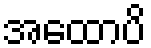
အထောပိ